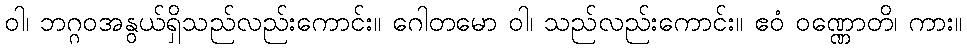
ဝါ၊ ဘဂ္ဂဝအနွယ်ရှိသည်လည်းကောင်း။ ဂေါတမော ဝါ၊ သည်လည်းကောင်း။ ဧဝံ ဝဏ္ဏောတိ၊ ကား။